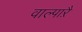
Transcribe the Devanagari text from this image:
वाल्पाऱै